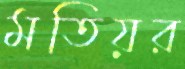
মতিয়র